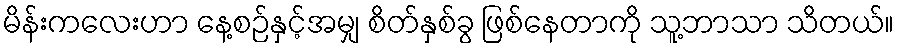
မိန်းကလေးဟာ နေ့စဉ်နှင့်အမျှ စိတ်နှစ်ခွ ဖြစ်နေတာကို သူ့ဘာသာ သိတယ်။